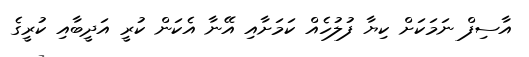
އާސިފް ނަމަކަށް ކިޔާ ފުލުހެއް ކަމަށާއި އޭނާ އެކަން ކުރީ އަދީބާއި ކުރީގެ